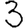
Digit: 3